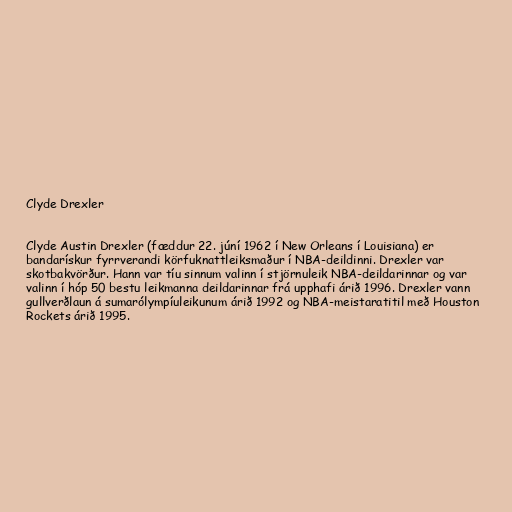
Clyde Drexler

Clyde Austin Drexler (fæddur 22. júní 1962 í New Orleans í Louisiana) er
bandarískur fyrrverandi körfuknattleiksmaður í NBA-deildinni. Drexler var
skotbakvörður. Hann var tíu sinnum valinn í stjörnuleik NBA-deildarinnar og var
valinn í hóp 50 bestu leikmanna deildarinnar frá upphafi árið 1996. Drexler vann
gullverðlaun á sumarólympíuleikunum árið 1992 og NBA-meistaratitil með Houston
Rockets árið 1995.